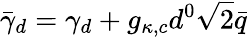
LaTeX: \bar{\gamma}_{d}=\gamma_{d}+g_{\kappa,c}d^{0}\sqrt{2}\bar{q}